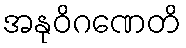
အနုဝိဂဏေတိ